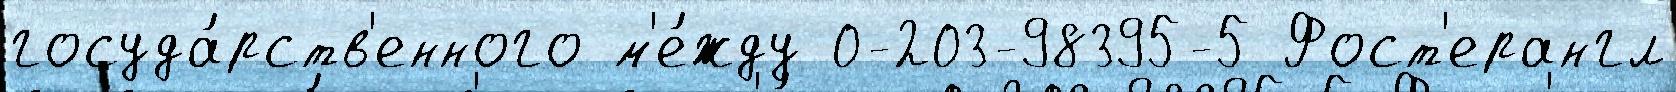
госуда́рств'енного м'е́жду 0-203-98395-5 Фост'ерангл